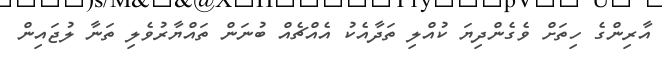
އާރިންގެ ހިތަށް ވެގެންދިޔަ ކުއްލި ތަދާއެކު އެއްޗެއް ބުނަން ތައްޔާރުވެލި ތަނާ ލުޖައިން